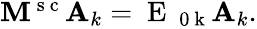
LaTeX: \begin{array}{r}{\mathbf{M^{\mathrm{~s~c~}}}\mathbf{A}_{k}=\mathrm{~E~}_{\mathrm{~0~k~}}\mathbf{A}_{k}.}\end{array}